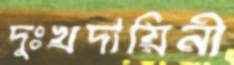
দুঃখদায়িনী